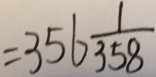
= 3 5 6 \frac { 1 } { 3 5 8 }